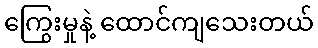
ကြွေးမှုနဲ့ ထောင်ကျသေးတယ်